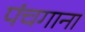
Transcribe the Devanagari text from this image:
पंचगाना